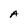
Character: A